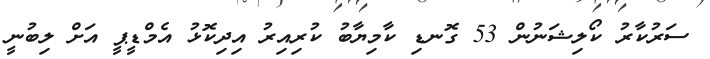
ސަރުކާރު ކޯލިޝަނުން 53 ގޮނޑި ކާމިޔާބު ކުރިއިރު އިދިކޮޅު އެމްޑީޕީ އަށް ލިބުނީ